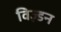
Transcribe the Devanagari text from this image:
विज़्डन